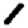
Digit: 1